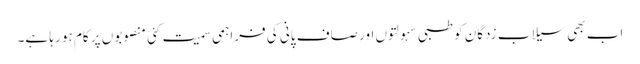
اب بھی سیلاب زدگان کو طبی سہولتوں اور صاف پانی کی فراہمی سمیت کئی منصوبوں پر کام ہو رہا ہے۔